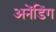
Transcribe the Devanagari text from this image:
अनेंडिंग